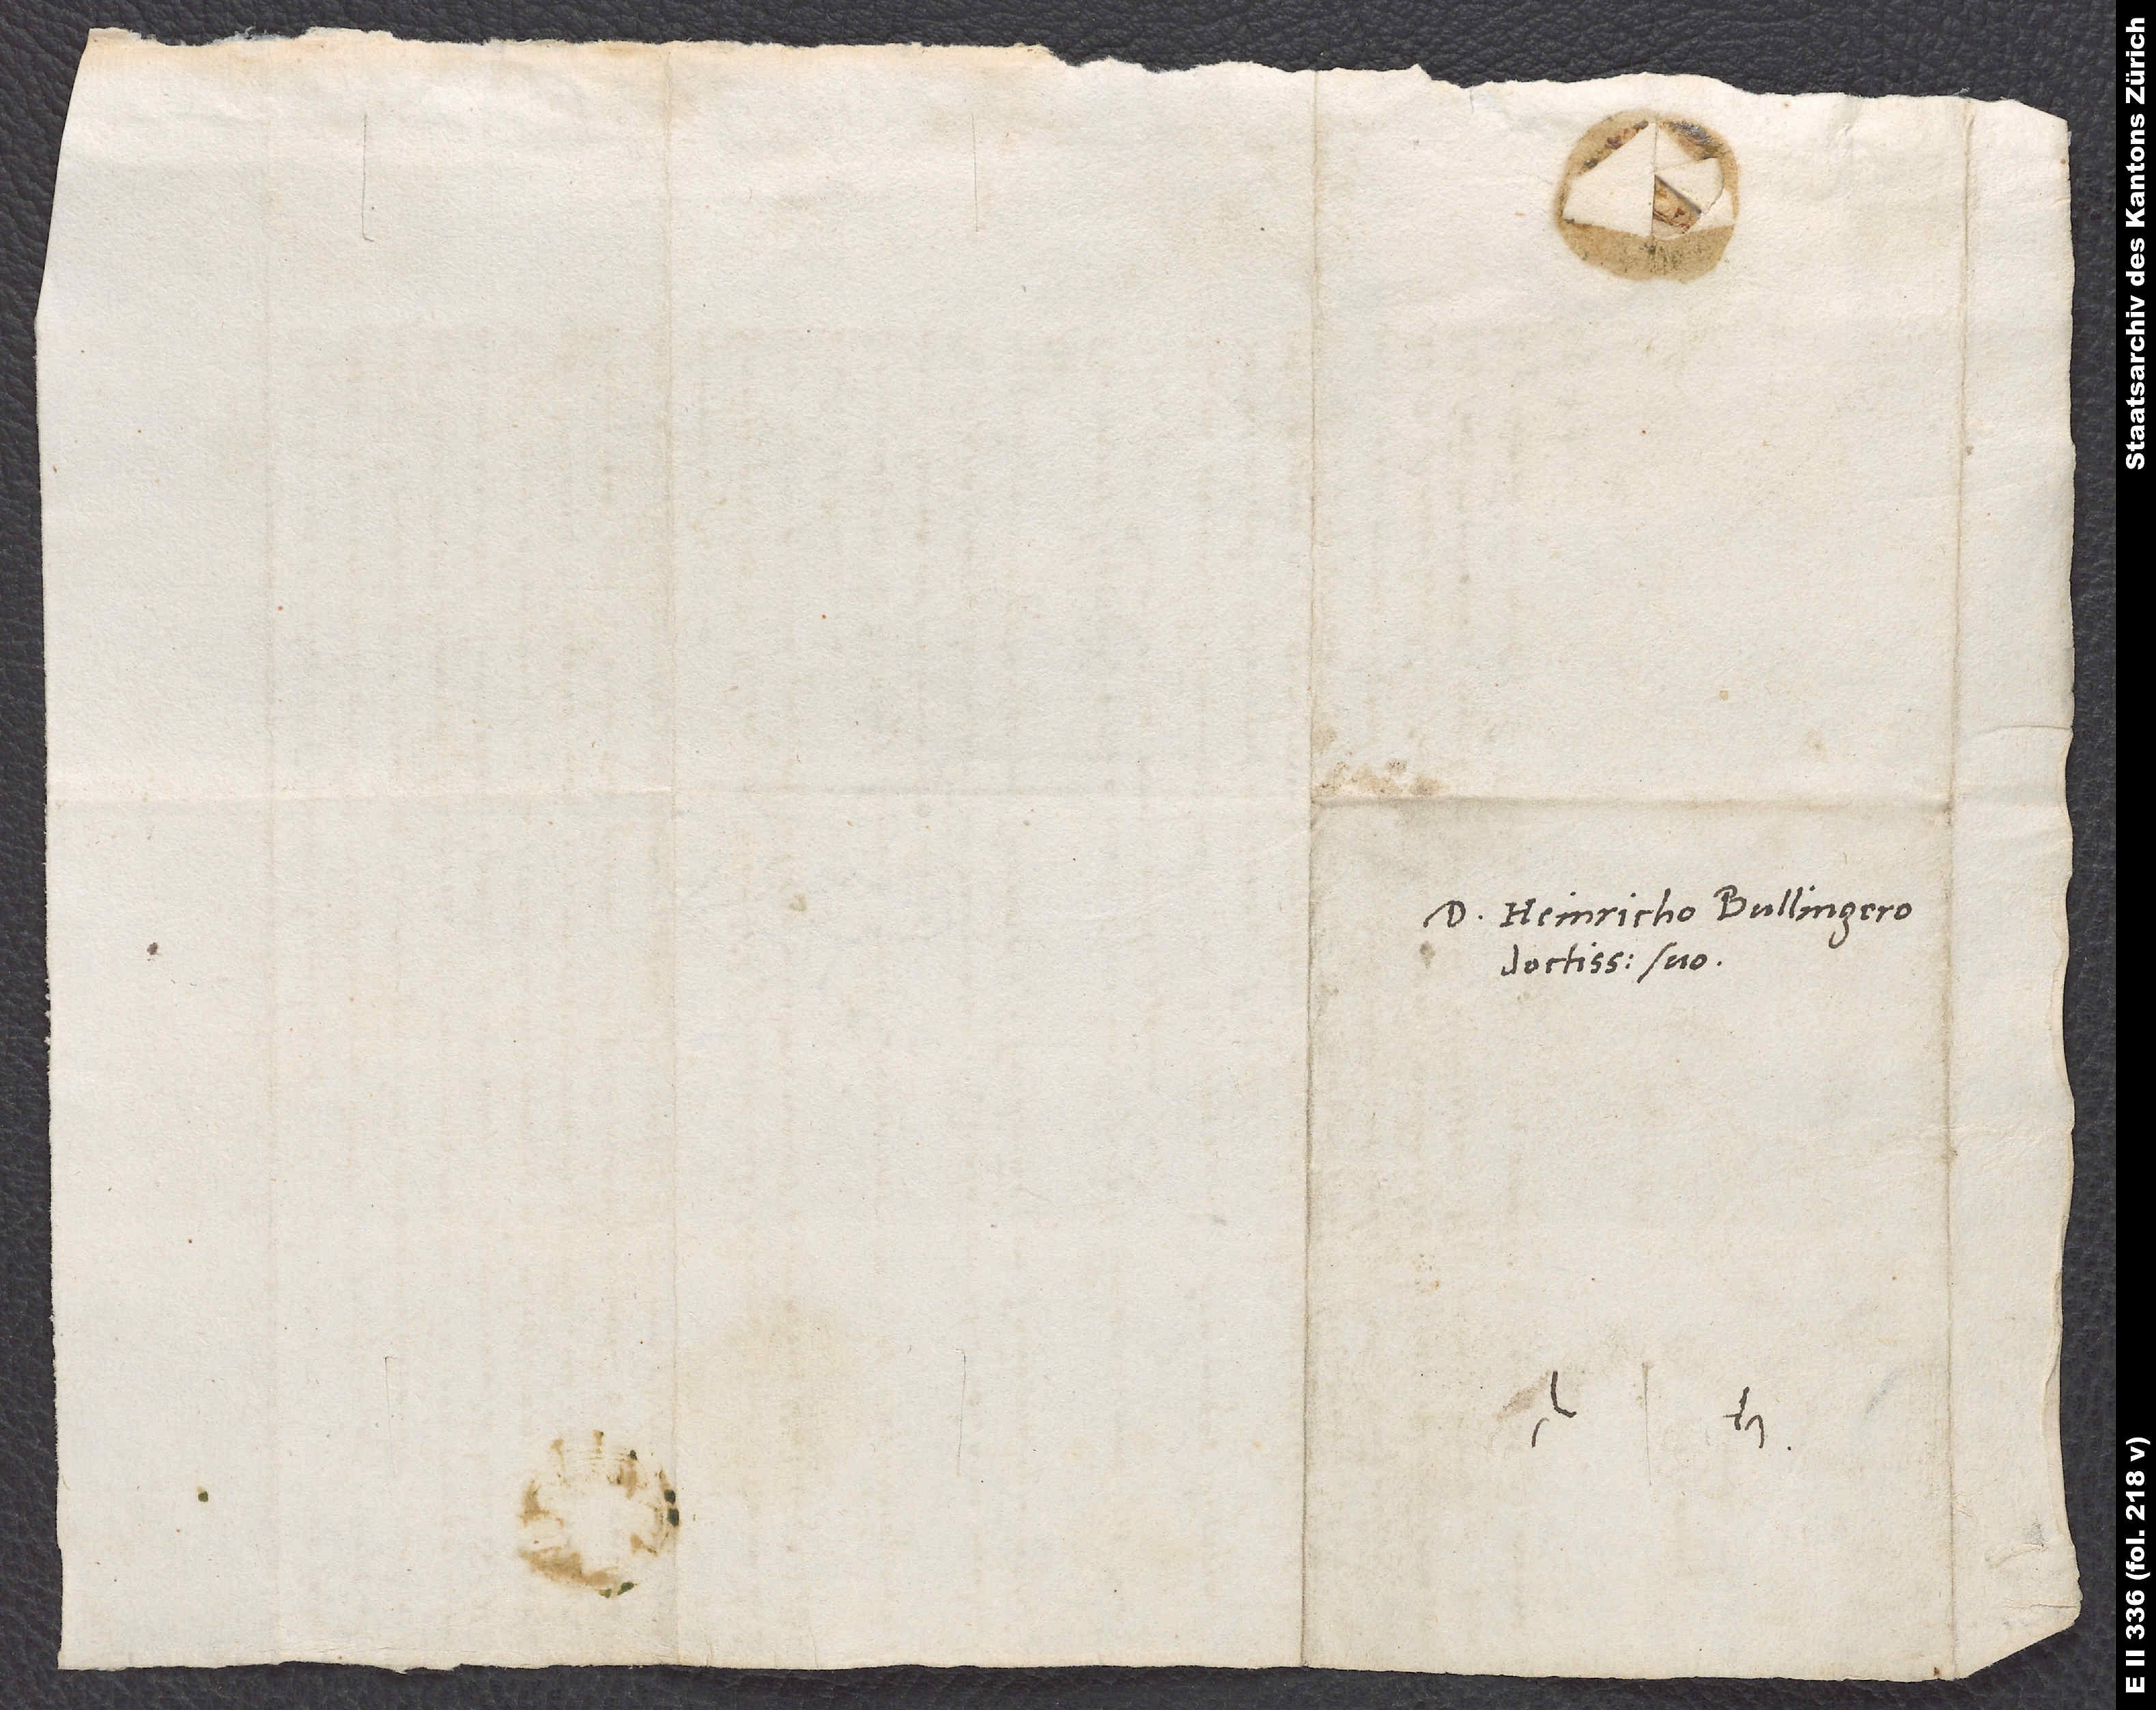
D. Heinricho Bullingero
doctissimo suo.